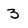
Character: 3